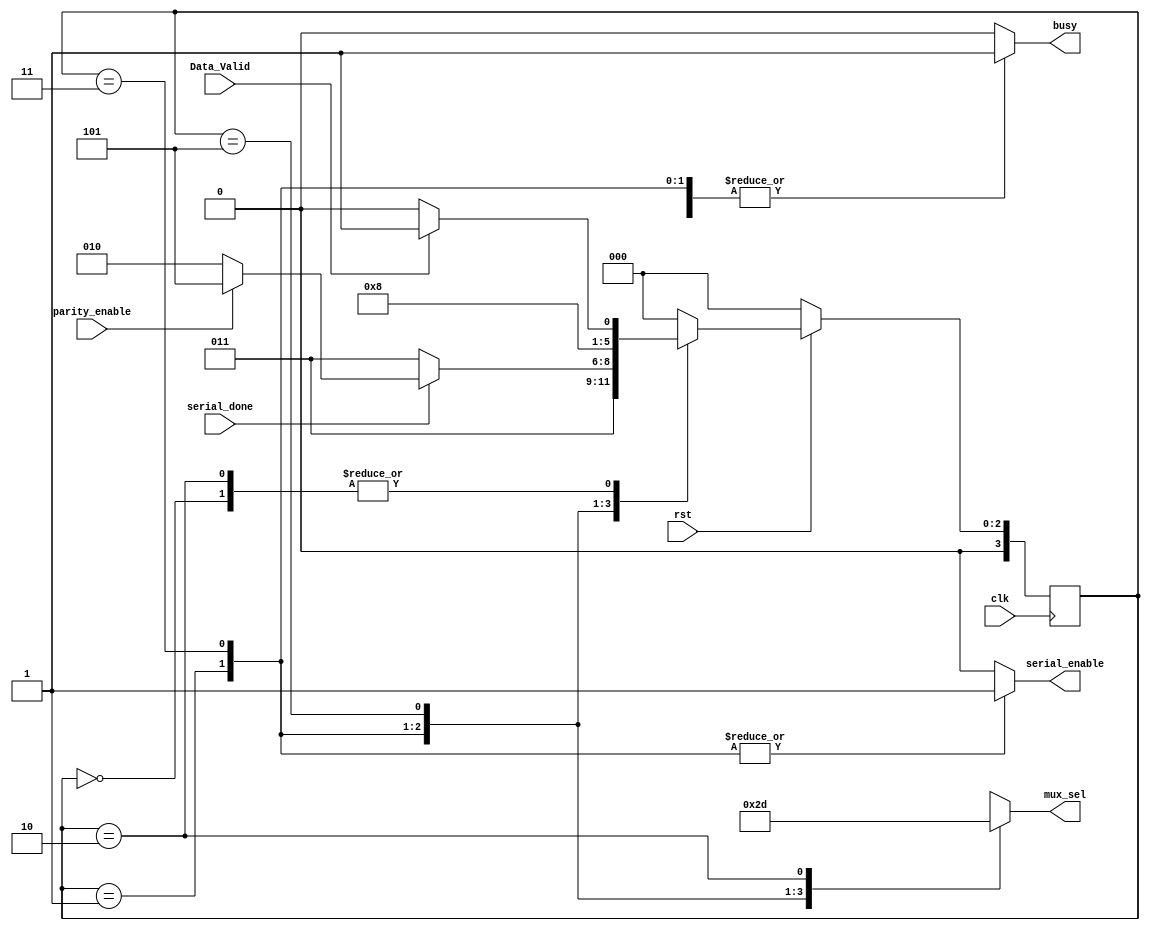
module FSM (
    input                 parity_enable,
    input                 Data_Valid,
    input                 serial_done,
    input                 rst,
    input                 clk,
    output   reg          busy, 
    output   reg          serial_enable, 
    output   reg [1:0]    mux_sel
); 
localparam [3:0]  IDLE_STATE                  = 'd0;
localparam [3:0]  SOF_STATE                   = 'd1;
localparam [3:0]  TRANSMITTING_STATE          = 'd3; 
localparam [3:0]  EOF_NOPARITY_STATE          = 'd2; 
localparam [3:0]  EOF_WITHPARITY_STATE        = 'd5; 
reg        [3:0] current_state;
reg        [3:0] next_state;

always @(posedge clk ) begin
    if (!rst) begin
        current_state <= IDLE_STATE;
    end else begin
        current_state <= next_state;
    end
end  
always @(*) 
    begin
        case (current_state)
            IDLE_STATE:
                begin
                    if (Data_Valid) 
                        begin
                        next_state = SOF_STATE; 
                        end 
                    else
                        begin
                        next_state = IDLE_STATE;
                        end
                end 
            SOF_STATE:
                begin
                    next_state = TRANSMITTING_STATE;
                end
            TRANSMITTING_STATE :
            begin
                if (serial_done) 
                    begin
                        if (parity_enable) 
                            begin
                                next_state = EOF_WITHPARITY_STATE;
                            end 
                        else 
                            begin
                                next_state = EOF_NOPARITY_STATE;
                            end
                    end 
                else 
                    begin
                        next_state = TRANSMITTING_STATE;
                    end
            end 
            EOF_WITHPARITY_STATE :
                begin
                    begin
                        next_state = EOF_NOPARITY_STATE;
                    end 
                end
                EOF_NOPARITY_STATE :
                begin
                    begin
                        if (Data_Valid == 'd1) 
                            begin
                               next_state = SOF_STATE; 
                            end 
                        else 
                            begin
                                next_state = IDLE_STATE;
                            end
                        
                    end 
                end
            default: next_state = IDLE_STATE;
        endcase
    end
    always @(*) 
        begin
            case (current_state)
                IDLE_STATE:
                    begin
                        busy          = 'd0;
                        serial_enable = 'd0;
                        mux_sel       = 2'bxx;

                    end 
                    SOF_STATE :
                    begin
                        busy          = 'd1;
                        serial_enable = 'd1;
                        mux_sel       = 'd0;
                    end
                TRANSMITTING_STATE :
                    begin
                        busy          = 'd1;
                        serial_enable = 'd1;
                        mux_sel       = 'd2;
                    end 
                EOF_WITHPARITY_STATE :
                    begin
                        busy          = 'd1;
                        serial_enable = 'd0;
                        mux_sel       = 'd3;
                    end 
                EOF_NOPARITY_STATE :
                    begin
                        busy          = 'd1;
                        serial_enable = 'd0;
                        mux_sel       = 'd1;
                    end    
                default: 
                    begin
                        busy          = 'd0;
                        serial_enable = 'd0;
                        mux_sel       = 2'bxx;
                    end
            endcase
        end
    
endmodule